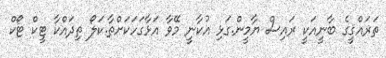
ތަރައްޤީގެ ބާނީއަކީ ރައިސް ޔާމީން.ގަޅި އުކާނީ މޭވާ އަޅާގަހަކަށްތާ.ކަލޯ ތިދައްކާ ޓީކް ޓޯކް